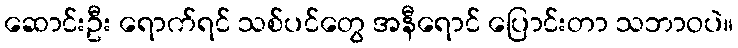
ဆောင်းဦး ရောက်ရင် သစ်ပင်တွေ အနီရောင် ပြောင်းတာ သဘာဝပဲ။